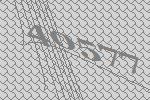
40577